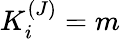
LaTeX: K_{i}^{(J)}=m